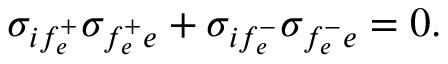
\sigma _ { i f _ { e } ^ { + } } \sigma _ { f _ { e } ^ { + } e } + \sigma _ { i f _ { e } ^ { - } } \sigma _ { f _ { e } ^ { - } e } = 0 .